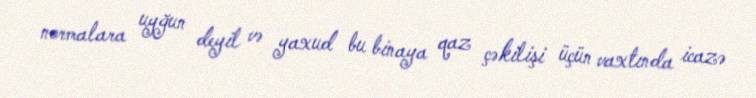
normalara uyğun deyil və yaxud bu binaya qaz çəkilişi üçün vaxtında icazə